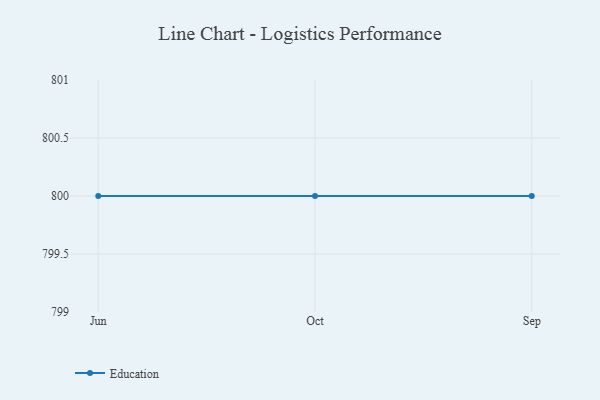
{"axis": {"x": "Month", "y": "Bounce Rate (%)"}, "legend": ["Education"], "data": [{"x": "Jun", "y": 800, "type": "Education"}, {"x": "Oct", "y": 800, "type": "Education"}, {"x": "Sep", "y": 800, "type": "Education"}]}